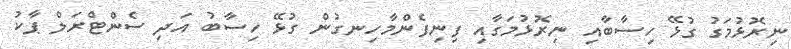
ނިރޮޅުމަގު ގުޅޭ ހިސާބާއި ނިރޮޅުމަގާއި ފިނިފެންމާހިނގުން ގުޅޭ ހިސާބު އަދި ސެންޓްރަލް ޕާކު